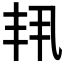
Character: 𫡗